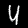
Digit: 4